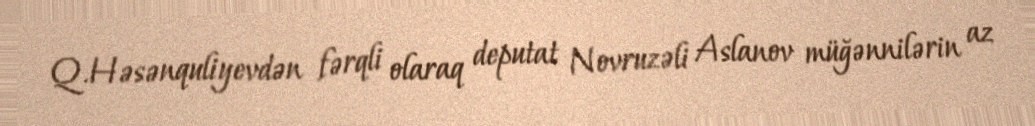
Q.Həsənquliyevdən fərqli olaraq deputat Novruzəli Aslanov müğənnilərin az